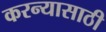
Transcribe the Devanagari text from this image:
करन्यासाठी